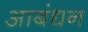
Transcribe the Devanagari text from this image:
आबंधन